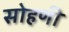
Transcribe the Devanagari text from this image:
सोहणी